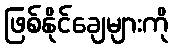
ဖြစ်နိုင်ချေများကို